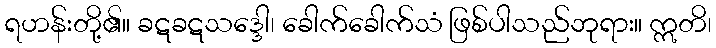
ရဟန်းတို့၏။ ခဋခဋသဒ္ဒေါ၊ ခေါက်ခေါက်သံ ဖြစ်ပါသည်ဘုရား။ ဣတိ၊